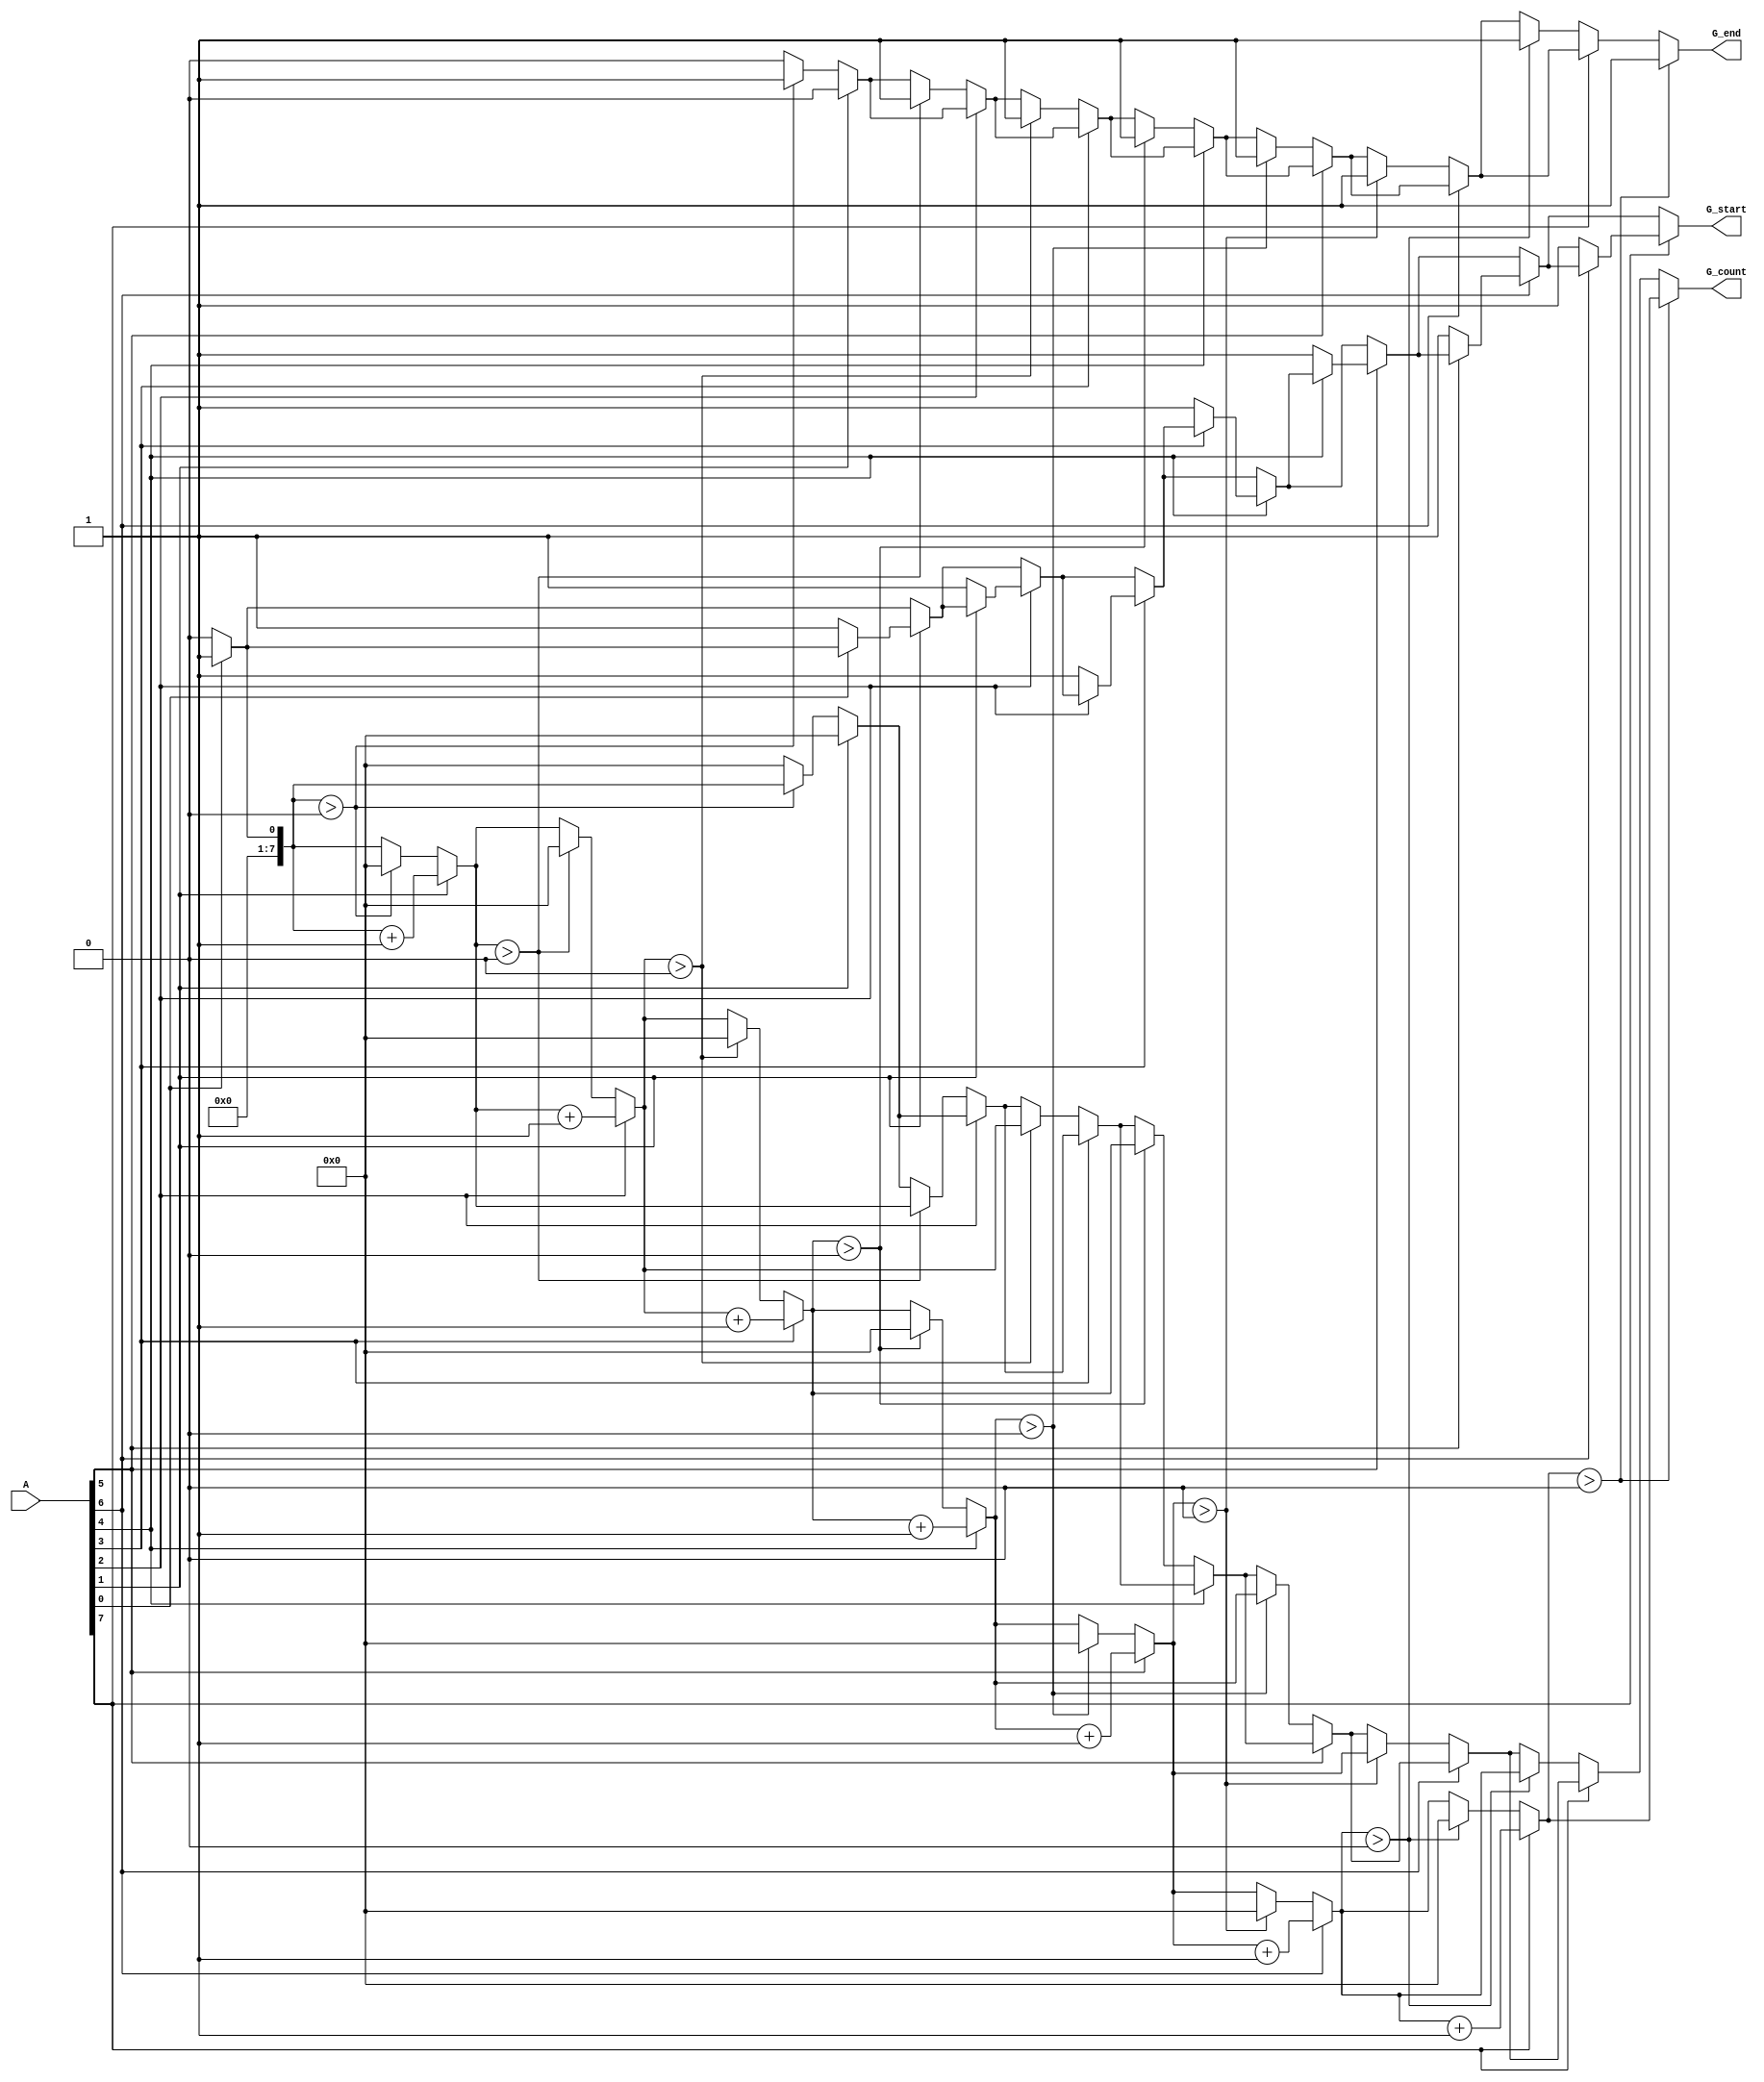
module GroupingOfOnes #(
    parameter WIDTH = 8  // Define the width of the input vector
)(
    input wire [WIDTH-1:0] A,     // Binary input signal
    output reg G_start,            // Group start signal
    output reg G_end,              // Group end signal
    output reg [WIDTH-1:0] G_count  // Group count
);

    reg [WIDTH-1:0] count; // Temporary count for current group
    integer i;

    always @(*) begin
        G_start = 0;  // Initialize output signals
        G_end = 0;
        G_count = 0;
        count = 0;

        // Iterate through the input vector
        for (i = 0; i < WIDTH; i = i + 1) begin
            if (A[i] == 1'b1) begin
                if (i == 0 || A[i-1] == 1'b0) begin
                    G_start = 1; // Start of a new group
                end
                count = count + 1; // Count the number of '1's
            end else if (count > 0) begin
                G_end = 1;  // End of a group
                G_count = count; // Store the count of the group
                count = 0; // Reset count for next group
            end
        end

        // Check for the case where the last bits are '1's
        if (count > 0) begin
            G_end = 1; // End of the last group
            G_count = count; // Store the count of the last group
        end
    end

endmodule